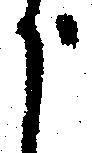
う